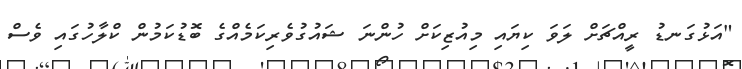
"އަޅުގަނޑު ރީއްޗަށް ލަވަ ކިޔައި މިއުޒިކަށް ހުންނަ ޝައުގުވެރިކަމެއްގެ ބޮޑުކަމުން ކްލާހުގައި ވެސް